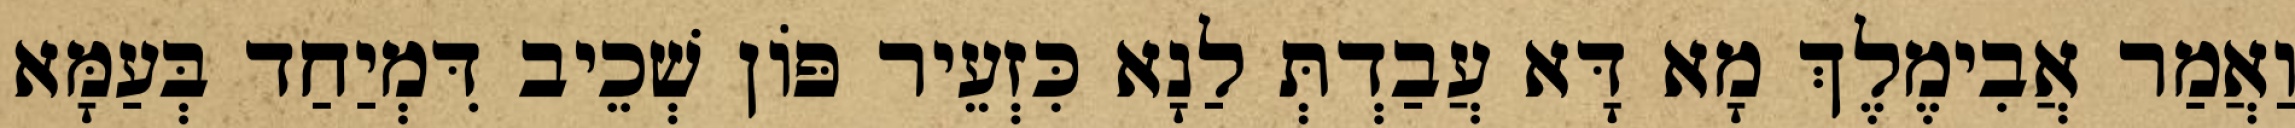
וַאֲמַר אֲבִימֶלֶךְ מָא דָּא עֲבַדְתְּ לַנָא כִּזְעֵיר פּוֹן שְׁכֵיב דִּמְיַחַד בְּעַמָּא